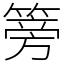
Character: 篣